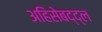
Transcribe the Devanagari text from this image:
अहिंसेबद्द्ल